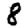
Digit: 8